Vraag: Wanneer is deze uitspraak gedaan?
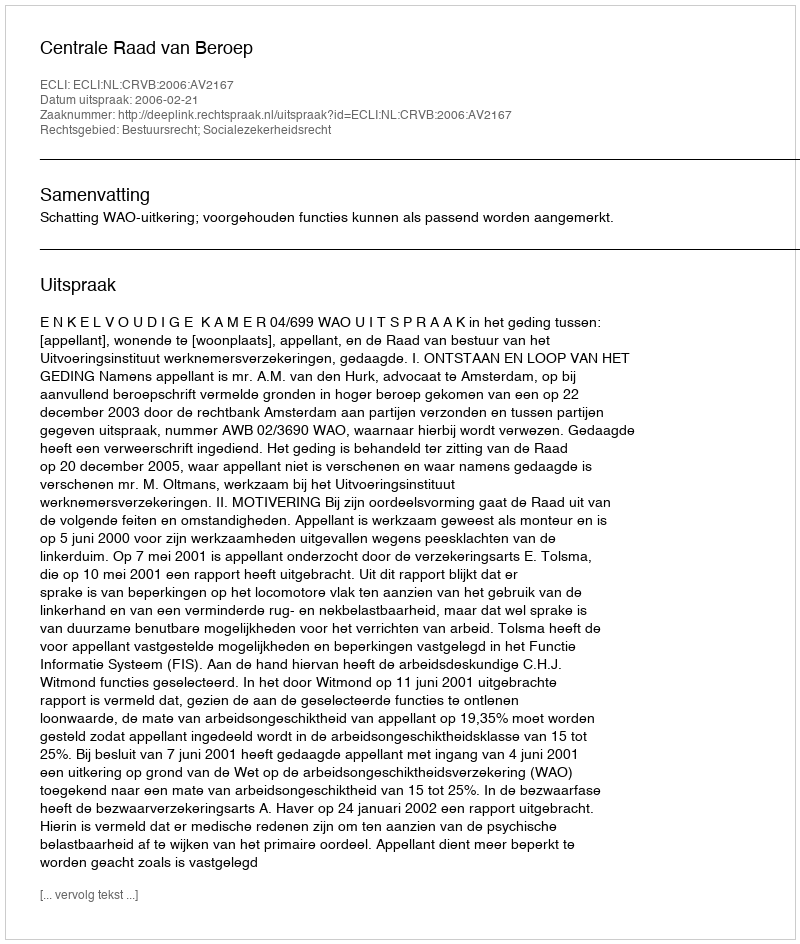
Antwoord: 2006-02-21